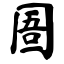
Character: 圄